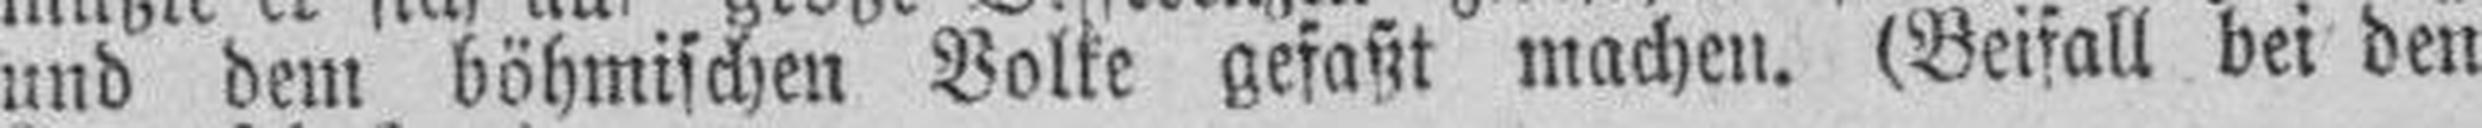
und dem böhmischen Volke gefaßt machen. (Beifall bei den